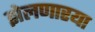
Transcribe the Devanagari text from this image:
झेलणारया